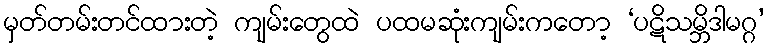
မှတ်တမ်းတင်ထားတဲ့ ကျမ်းတွေထဲ ပထမဆုံးကျမ်းကတော့ ‘ပဋိသမ္ဘိဒါမဂ္ဂ’